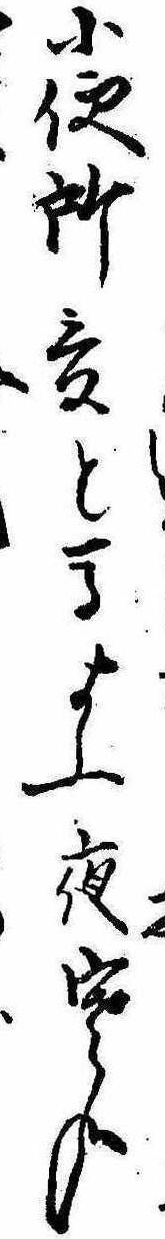
小便所爰と馬よふ夜寒哉